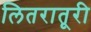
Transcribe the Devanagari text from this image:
लितरातूरी